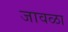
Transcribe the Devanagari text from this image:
जावळा